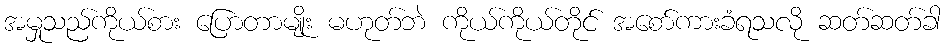
အမှုသည်ကိုယ်စား ပြောတာမျိုး မဟုတ်ဘဲ ကိုယ်ကိုယ်တိုင် အစော်ကားခံရသလို ဆတ်ဆတ်ခါ